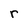
Character: r